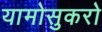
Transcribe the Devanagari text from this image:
यामोसुकरो